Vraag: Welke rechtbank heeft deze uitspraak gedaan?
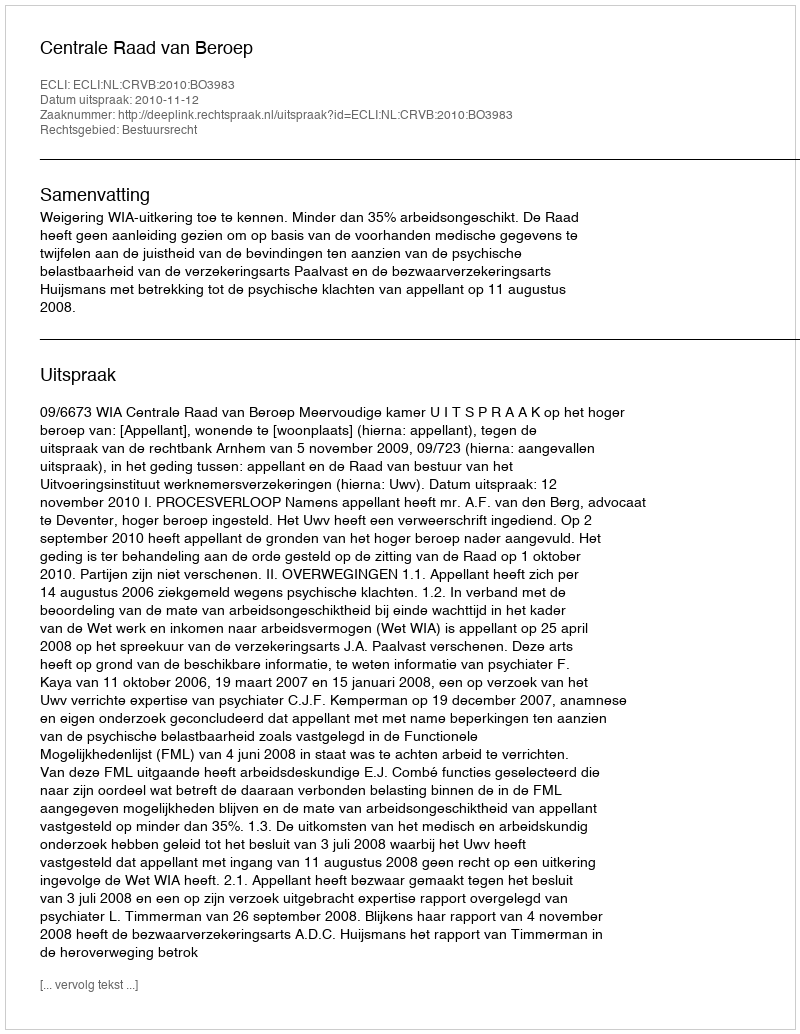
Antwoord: Centrale Raad van Beroep